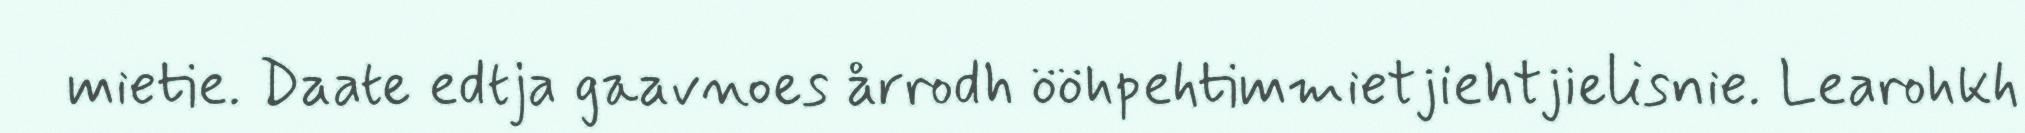
mietie. Daate edtja gaavnoes årrodh ööhpehtimmietjiehtjielisnie. Learohkh